Sanitation, dispensaries and jails vaccination Rajputana 1922-1927 - 1922-1927
Year: 1922
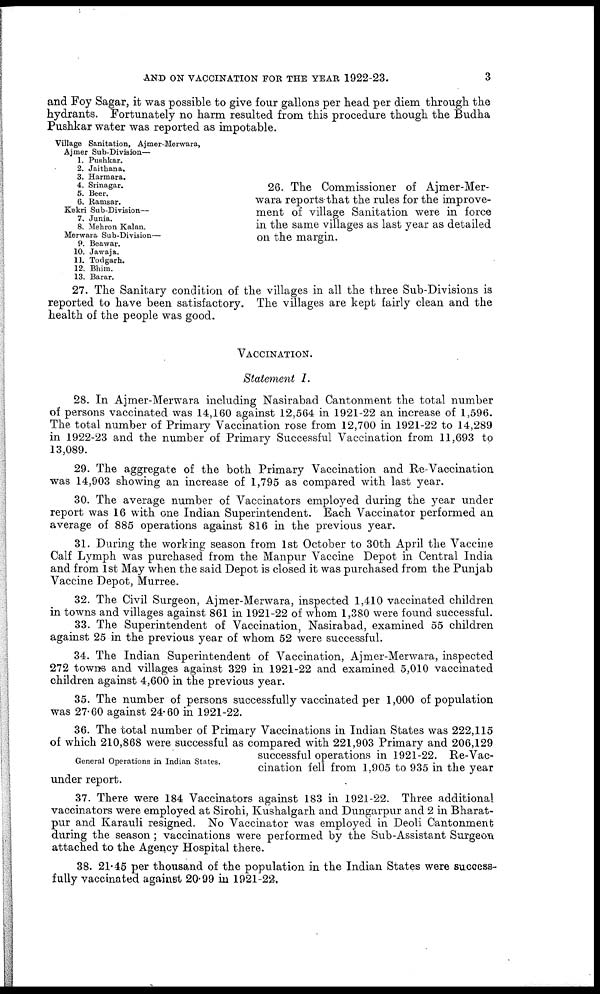
AND ON VACCINATION FOR THE YEAR 1922-23.
3
and Foy Sagar, it was possible to give four gallons per head per diem through the
hydrants. Fortunately no harm resulted from this procedure though the Budha
Pushkar water was reported as impotable.
Village Sanitation, Ajmer-Merwara.
Ajmer Sub-Division—
1. Pushkar.
2. Jaithana.
3. Harmara.
4. Srinagar.
5. Beer.
6. Ramsar.
Kekri Sub-Division—
7. Junia.
8. Mehron Kalan.
Merwara Sub-Division—
9. Beawar.
10. Jawaja.
11. Todgarh.
12. Bhim.
13. Barar.
26. The Commissioner of Ajmer-Mer¬
wara reports that the rules for the improve-
ment of village Sanitation were in force
in the same villages as last year as detailed
on the margin.
27. The Sanitary condition of the villages in all the three Sub-Divisions is
reported to have been satisfactory. The villages are kept fairly clean and the
health of the people was good.
VACCINATION.
Statement I.
28. In Ajmer-Merwara including Nasirabad Cantonment the total number
of persons vaccinated was 14,160 against 12,564 in 1921-22 an increase of 1,596.
The total number of Primary Vaccination rose from 12,700 in 1921-22 to 14,289
in 1922-23 and the number of Primary Successful Vaccination from 11,693 to
13,089.
29. The aggregate of the both Primary Vaccination and Re-Vaccination
was 14,903 showing an increase of 1,795 as compared with last year.
30. The average number of Vaccinators employed during the year under
report was 16 with one Indian Superintendent. Each Vaccinator performed an
average of 885 operations against 816 in the previous year.
31. During the working season from 1st October to 30th April the Vaccine
Calf Lymph was purchased from the Manpur Vaccine Depot in Central India
and from 1st May when the said Depot is closed it was purchased from the Punjab
Vaccine Depot, Murree.
32. The Civil Surgeon, Ajmer-Merwara, inspected 1,410 vaccinated children
in towns and villages against 861 in 1921-22 of whom 1,380 were found successful.
33. The Superintendent of Vaccination, Nasirabad, examined 55 children
against 25 in the previous year of whom 52 were successful.
34. The Indian Superintendent of Vaccination, Ajmer-Merwara, inspected
272 towns and villages against 329 in 1921-22 and examined 5,010 vaccinated
children against 4,600 in the previous year.
35. The number of persons successfully vaccinated per 1,000 of population
was 27.60 against 24.60 in 1921-22.
General Operations in Indian States.
36. The total number of Primary Vaccinations in Indian States was 222,115
of which 210,868 were successful as compared with 221,903 Primary and 206,129
successful operations in 1921-22. Re-Vac-
cination fell from 1,905 to 935 in the year
under report.
37. There were 184 Vaccinators against 183 in 1921-22. Three additional
vaccinators were employed at Sirohi, Kushalgarh and Dungarpur and 2 in Bharat¬
pur and Karauli resigned. No Vaccinator was employed in Deoli Cantonment
during the season ; vaccinations were performed by the Sub-Assistant Surgeon
attached to the Agency Hospital there.
38. 21.45 per thousand of the population in the Indian States were success-
fully vaccinated against 20.99 in 1921-22.